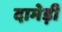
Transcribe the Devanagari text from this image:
दामेड़ी